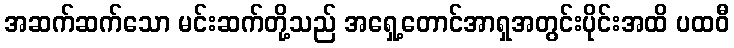
အဆက်ဆက်သော မင်းဆက်တို့သည် အရှေ့တောင်အာရှအတွင်းပိုင်းအထိ ပထဝီ